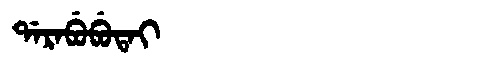
Manchu: ᡩᠠᡵᠠᠪᡠᠪᡠᡨᠠᡳ
Romanization: DARABUBUTAI